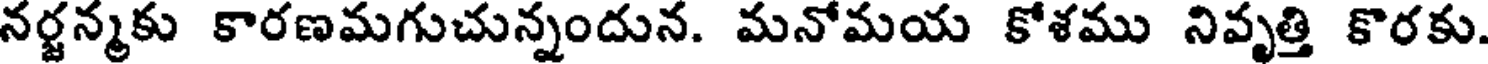
నర్జన్మకు కారణమగుచున్నందున. మనోమయ కోశము నివృత్తి కొరకు.